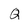
Character: q